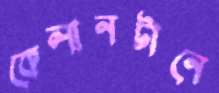
কেলানটানে